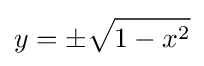
y=\pm {\sqrt {1-x^{2}}}